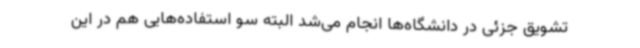
تشویق جزئی در دانشگاه‌ها انجام می‌شد البته سو استفاده‌هایی هم در این